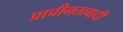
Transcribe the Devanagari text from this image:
प्राचीनतावादी